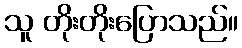
သူ တိုးတိုးပြောသည်။